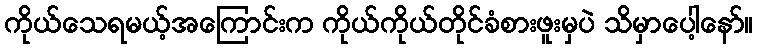
ကိုယ်သေရမယ့်အကြောင်းက ကိုယ်ကိုယ်တိုင်ခံစားဖူးမှပဲ သိမှာပေါ့နော်။